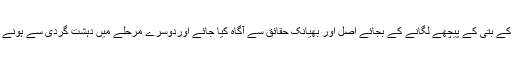
اس لئے پاکستان میں سب سے زیادہ ضرورت اس بات کے ہے کہ قوم کو ٹرک کے بتی کے پیچھے لگانے کے بجائے اصل اور بھیانک حقائق سے آگاہ کیا جائے اوردوسرے مرحلے میں دہشت گردی سے ہونے والی نقصانات کو کم سے کم کرنے کے لئے موثرحکمت عملی اختیارکی جائے۔